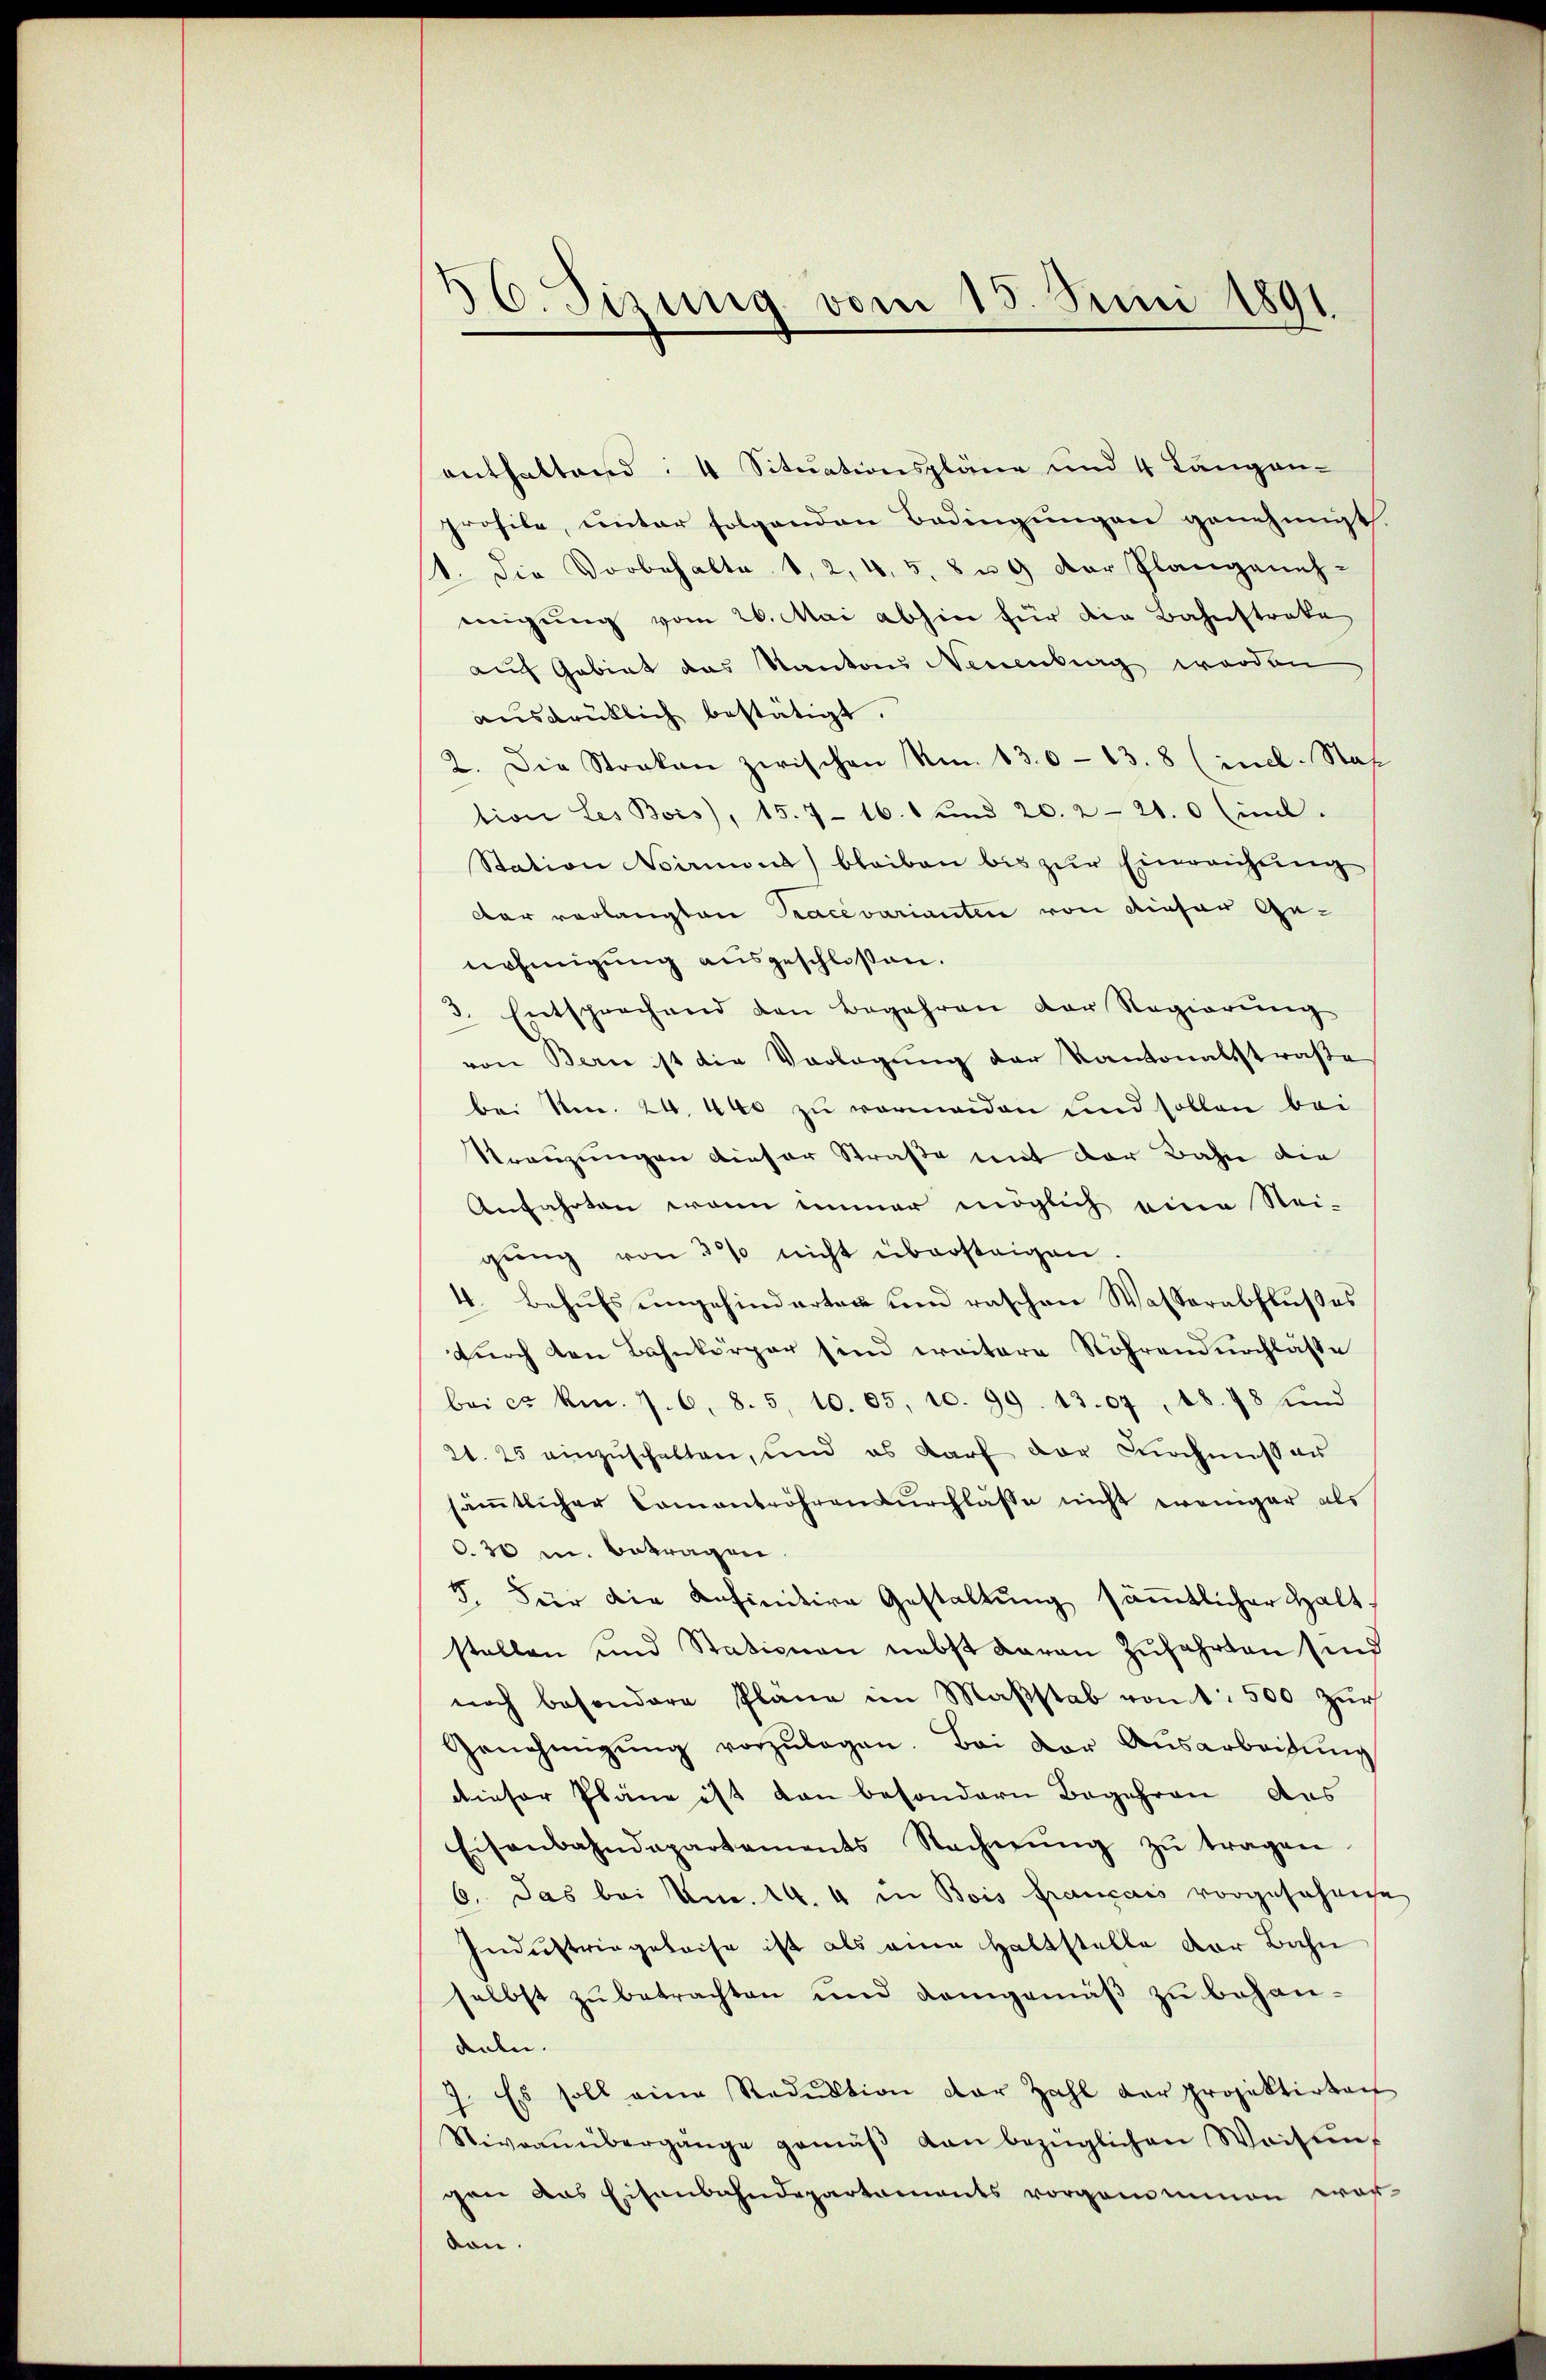
56. Sizung vom 15. Juni 1891.

enthaltend: 4 Situationspläne und 4 Langen-
profile, unter folgenden Bedingungen genehmigt
1. Die Vorbehalte 1, 2, 4, 5, 8 u. 9 der Plangeneh-
neigung vom 26. Mai abhin für die Bahnstrake
auf Gebiet das Kantons Neuenburg werden
aŭsdrüklich bestätigt.
2. Die Strakan zwischen Nm. 13. 613. 8 (mel. Staf
tion Les Bois), 15. 716. 1 und 20. 221. 0 (mil.
Station Nirmius bleiben bis zŭr Einreichung
dar verlangten Pracevarianten von dieser Genehmigung ausgeschlossen.
3. Entsprechend den Begehren der Regierŭng
von Bern ist die Vorlegung der Kantonalstraße
bei No. 24. 400 zu vermeiden und sollen bei
Kreuzungen dieser Straße mit der Bahn die
Anfahrten wenn immer möglich eine Stei-
gŭng von 3% nicht übersteigen.
4. Behufs ungehinderten und raschen Wasserabflußes
durch den Bahnkörper sind weitere Röhrendurchlasse
bai ca km. 7. 6. 8. 5. 10. 65, 10. 99. 13.07, 18. 48 und
21. 25 einzuschalten, und es darf der Knochnis au
sämtlicher Camantröhrendurchlasse nicht weniger als
.30 u. betragen.
5. Für die Ansinitive Gestaltung säṁtlicher Haltstellen und Stationen nebst daran zufahrten sind
noch besondere Pläne im Maβstab von 1. 500 zŭr
Genehmigŭng vorzŭlegen. Bei der Ausarbeitŭng
dieser Pläne ist dan besondern Begehren des
Eisenbahndepartements Rechnŭng zŭ tragen.
6. Das bei Am. 1. 4 in Bois Français vorgescheige
Industringeleise ist als eine Haltstelle der Bahn
selbst zŭ betrachten und demgemäβ zŭ behandeln.
7. Es soll eine Reduktion der Zahl der projektirten
Niveaŭübergänge gemäβ von bezüglichen Weisung
gen das Eisenbahndepartaments vorgenommen wor-
von